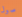
صول